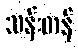
သန်းတန်